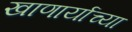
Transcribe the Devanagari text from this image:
खाणार्याच्या